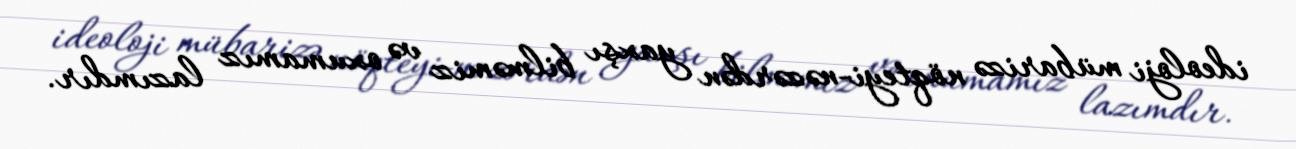
ideoloji mübarizə nöqteyi-nəzərdən yaxşı bilməmiz və oxumamız lazımdır.